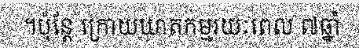
។ប៉ុន្តែ ក្រោយឃាតកម្មរយៈពេល ៧ឆ្នាំ